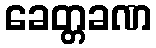
ခေတ္တခဏ